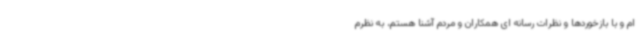
ام و با بازخوردها و نظرات رسانه ای همکاران و مردم آشنا هستم، به نظرم